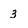
Character: 3